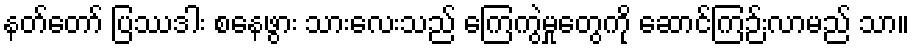
နတ်တော် ပြဿဒါး စနေဖွား သားလေးသည် ကြေကွဲမှုတွေကို ဆောင်ကြဉ်းလာမည် သာ။